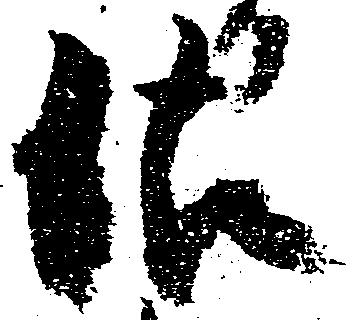
沽